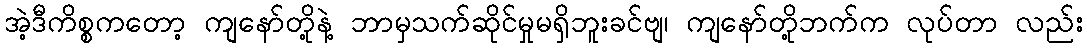
အဲ့ဒီကိစ္စကတော့ ကျနော်တို့နဲ့ ဘာမှသက်ဆိုင်မှုမရှိဘူးခင်ဗျ၊ ကျနော်တို့ဘက်က လုပ်တာ လည်း